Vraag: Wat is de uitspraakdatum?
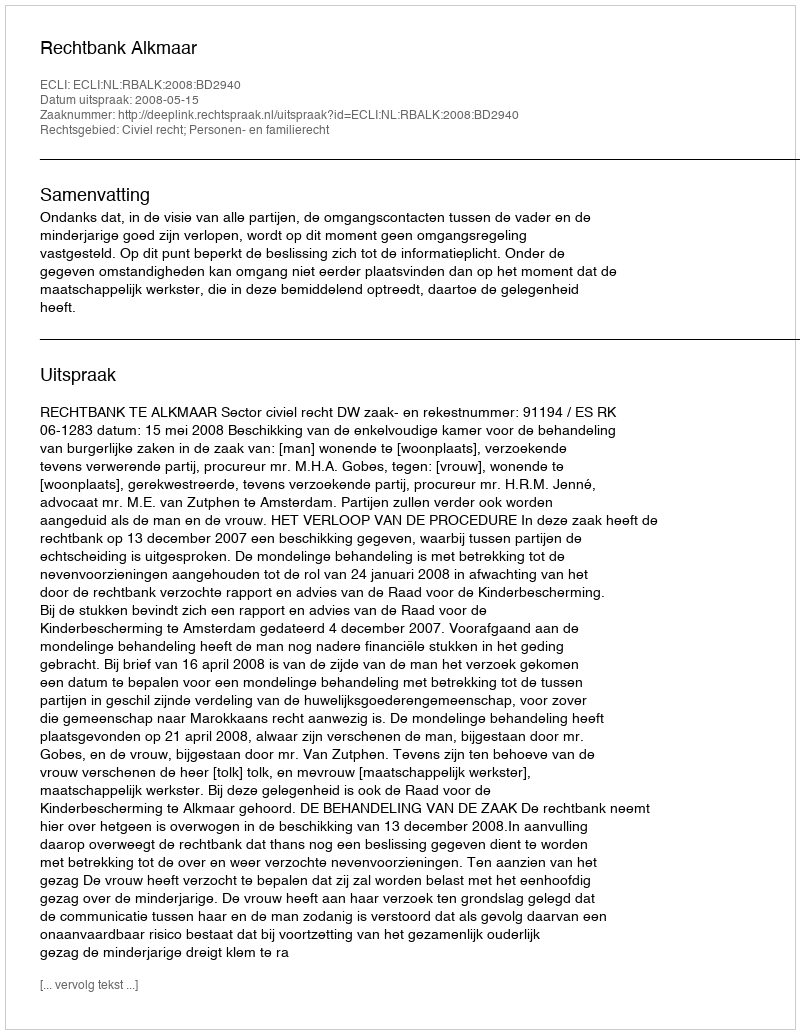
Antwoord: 2008-05-15